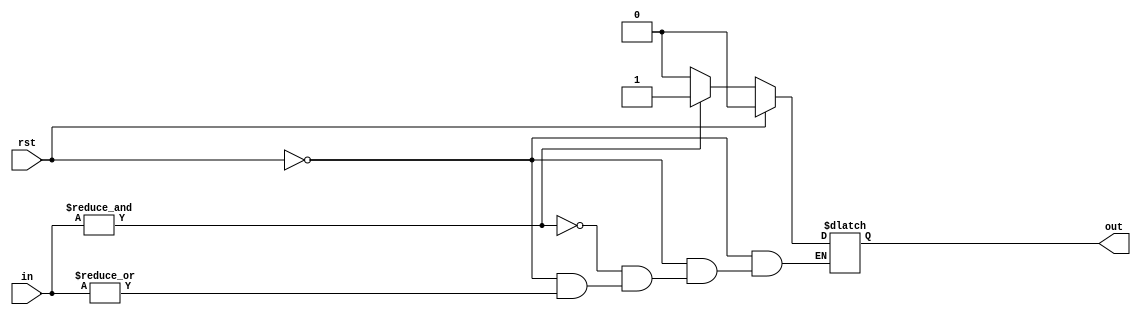
`timescale 1ns / 1ps

module c_elem#(
	parameter						IN_NUM = 2
)
(
//---------CTRL-----------------------
	input							rst,
//---------IN-------------------------
	input	[IN_NUM-1 : 0]					in,
//---------OUT------------------------
	output							out
//------------------------------------
);

/*
wire [IN_NUM-1 : 0] in_rst;
assign in_rst = in & ({IN_NUM{!rst}});
*/
reg out_r = 0;

assign out = out_r;

always@(*)
begin
	if(rst)
	begin
		out_r = 0;
	end
	else
	begin
		if(!(|in))
		begin
			out_r = 0;
		end
		if(&in)
		begin
			out_r = 1;
		end
	end
end



endmodule